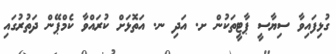
ގުޅިފައިވާ ސިޔާސީ ޕާޓީތަކުން ށ. އަދި ނ. އަތޮޅަށް ކުރައްވާ ކެމްޕޭން ދަތުރުގައި